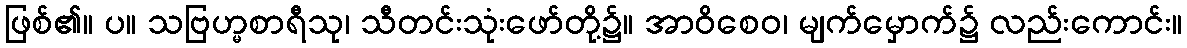
ဖြစ်၏။ ပ။ သဗြဟ္မစာရီသု၊ သီတင်းသုံးဖော်တို့၌။ အာဝိစေဝ၊ မျက်မှောက်၌ လည်းကောင်း။